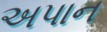
અપાન